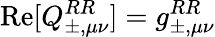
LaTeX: \operatorname{Re}[Q_{\pm,\mu\nu}^{RR}]=g_{\pm,\mu\nu}^{RR}